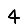
Digit: 4